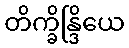
တိက္ခိန္ဒြိယေ